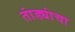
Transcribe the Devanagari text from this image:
तांड्यांचा